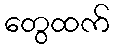
တွေထက်